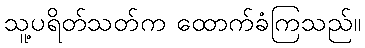
သူ့ပရိတ်သတ်က ထောက်ခံကြသည်။